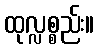
ထုလ္လစ္စည်း။